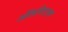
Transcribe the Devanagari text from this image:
ऑलनिटाक